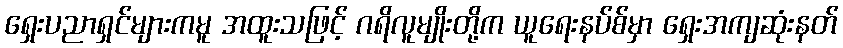
ရှေးပညာရှင်များကမူ အထူးသဖြင့် ဂရိလူမျိုးတို့က ယူရေးနပ်စ်မှာ ရှေးအကျဆုံးနတ်